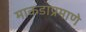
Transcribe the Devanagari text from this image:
माकडाप्रमाणे